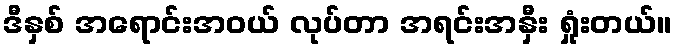
ဒီနှစ် အရောင်းအဝယ် လုပ်တာ အရင်းအနှီး ရှုံးတယ်။